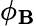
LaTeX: \phi_{\mathbf{B}}